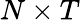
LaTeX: N\times T